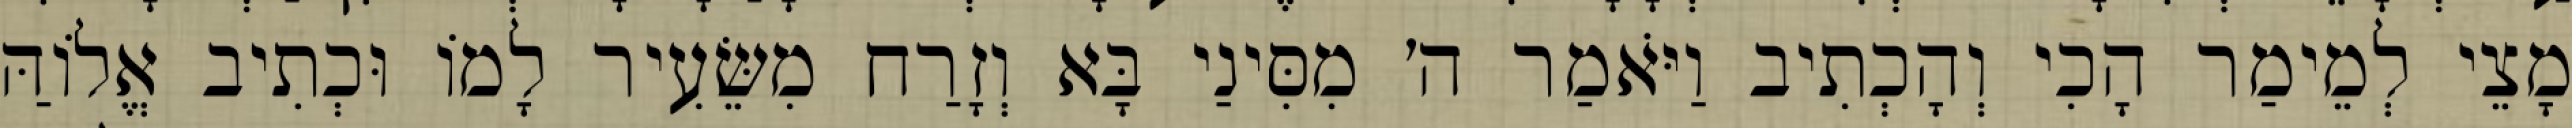
מָצֵי לְמֵימַר הָכִי וְהָכְתִיב וַיֹּאמַר ה׳ מִסִּינַי בָּא וְזָרַח מִשֵּׂעִיר לָמוֹ וּכְתִיב אֱלוֹהַּ